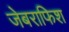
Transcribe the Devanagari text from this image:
जेबराफिश